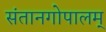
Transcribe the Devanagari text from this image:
संतानगोपालम्